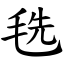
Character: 毨